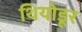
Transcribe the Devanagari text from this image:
थियोडूर